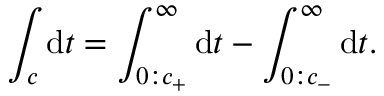
\int _ { c } \mathrm { d } t = \int _ { 0 : c _ { + } } ^ { \infty } \mathrm { d } t - \int _ { 0 : c _ { - } } ^ { \infty } \mathrm { d } t .